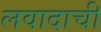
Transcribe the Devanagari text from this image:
लवादाची